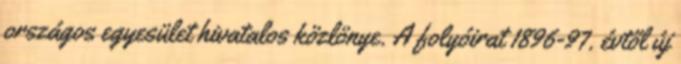
országos egyesület hivatalos közlönye. A folyóirat 1896-97. évtől új